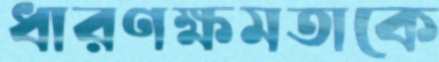
ধারণক্ষমতাকে